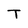
Character: T